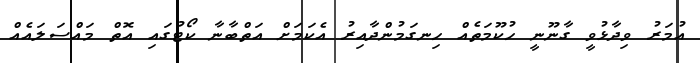
އުމަރު ވިދާޅުވީ ގާނޫނީ ހުކޫމަތެއް ހިނގަމުންދާއިރު އެކަމަށް އަތްބާނާ ކޯޓުގައި އޮތް މައްސަލައެއް